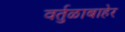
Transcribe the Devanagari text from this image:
वर्तुळाबाहेर